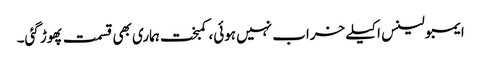
ایمبولینس اکیلے خراب نہیں ہوئی، کمبخت ہماری بھی قسمت پھوڑ گئی۔